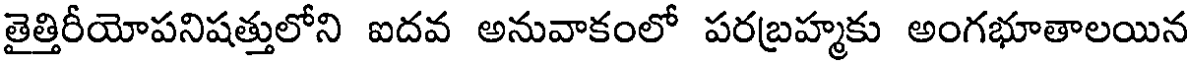
తైత్తిరీయోపనిషత్తులోని ఐదవ అనువాకంలో పరబ్రహ్మకు అంగభూతాలయిన